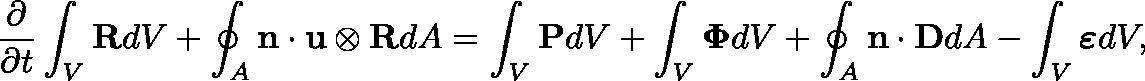
\frac { \partial } { \partial t } \int _ { V } \mathbf { R } d V + \oint _ { A } \mathbf { n } \cdot \mathbf { u } \otimes \mathbf { R } d A = \int _ { V } \mathbf { P } d V + \int _ { V } \mathbf { \Phi } d V + \oint _ { A } \mathbf { n } \cdot \mathbf { D } d A - \int _ { V } \boldsymbol { \varepsilon } d V ,